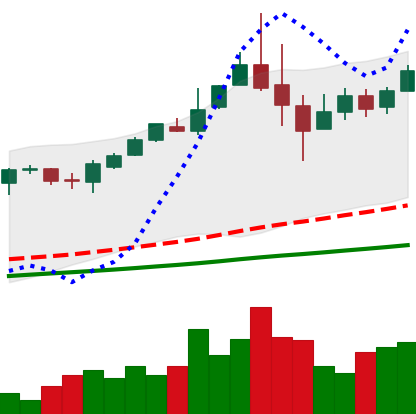
Ticker: BTC-USD
Chart end date: 2017-06-01
Forward return: 18.91%
Label: up_7plus